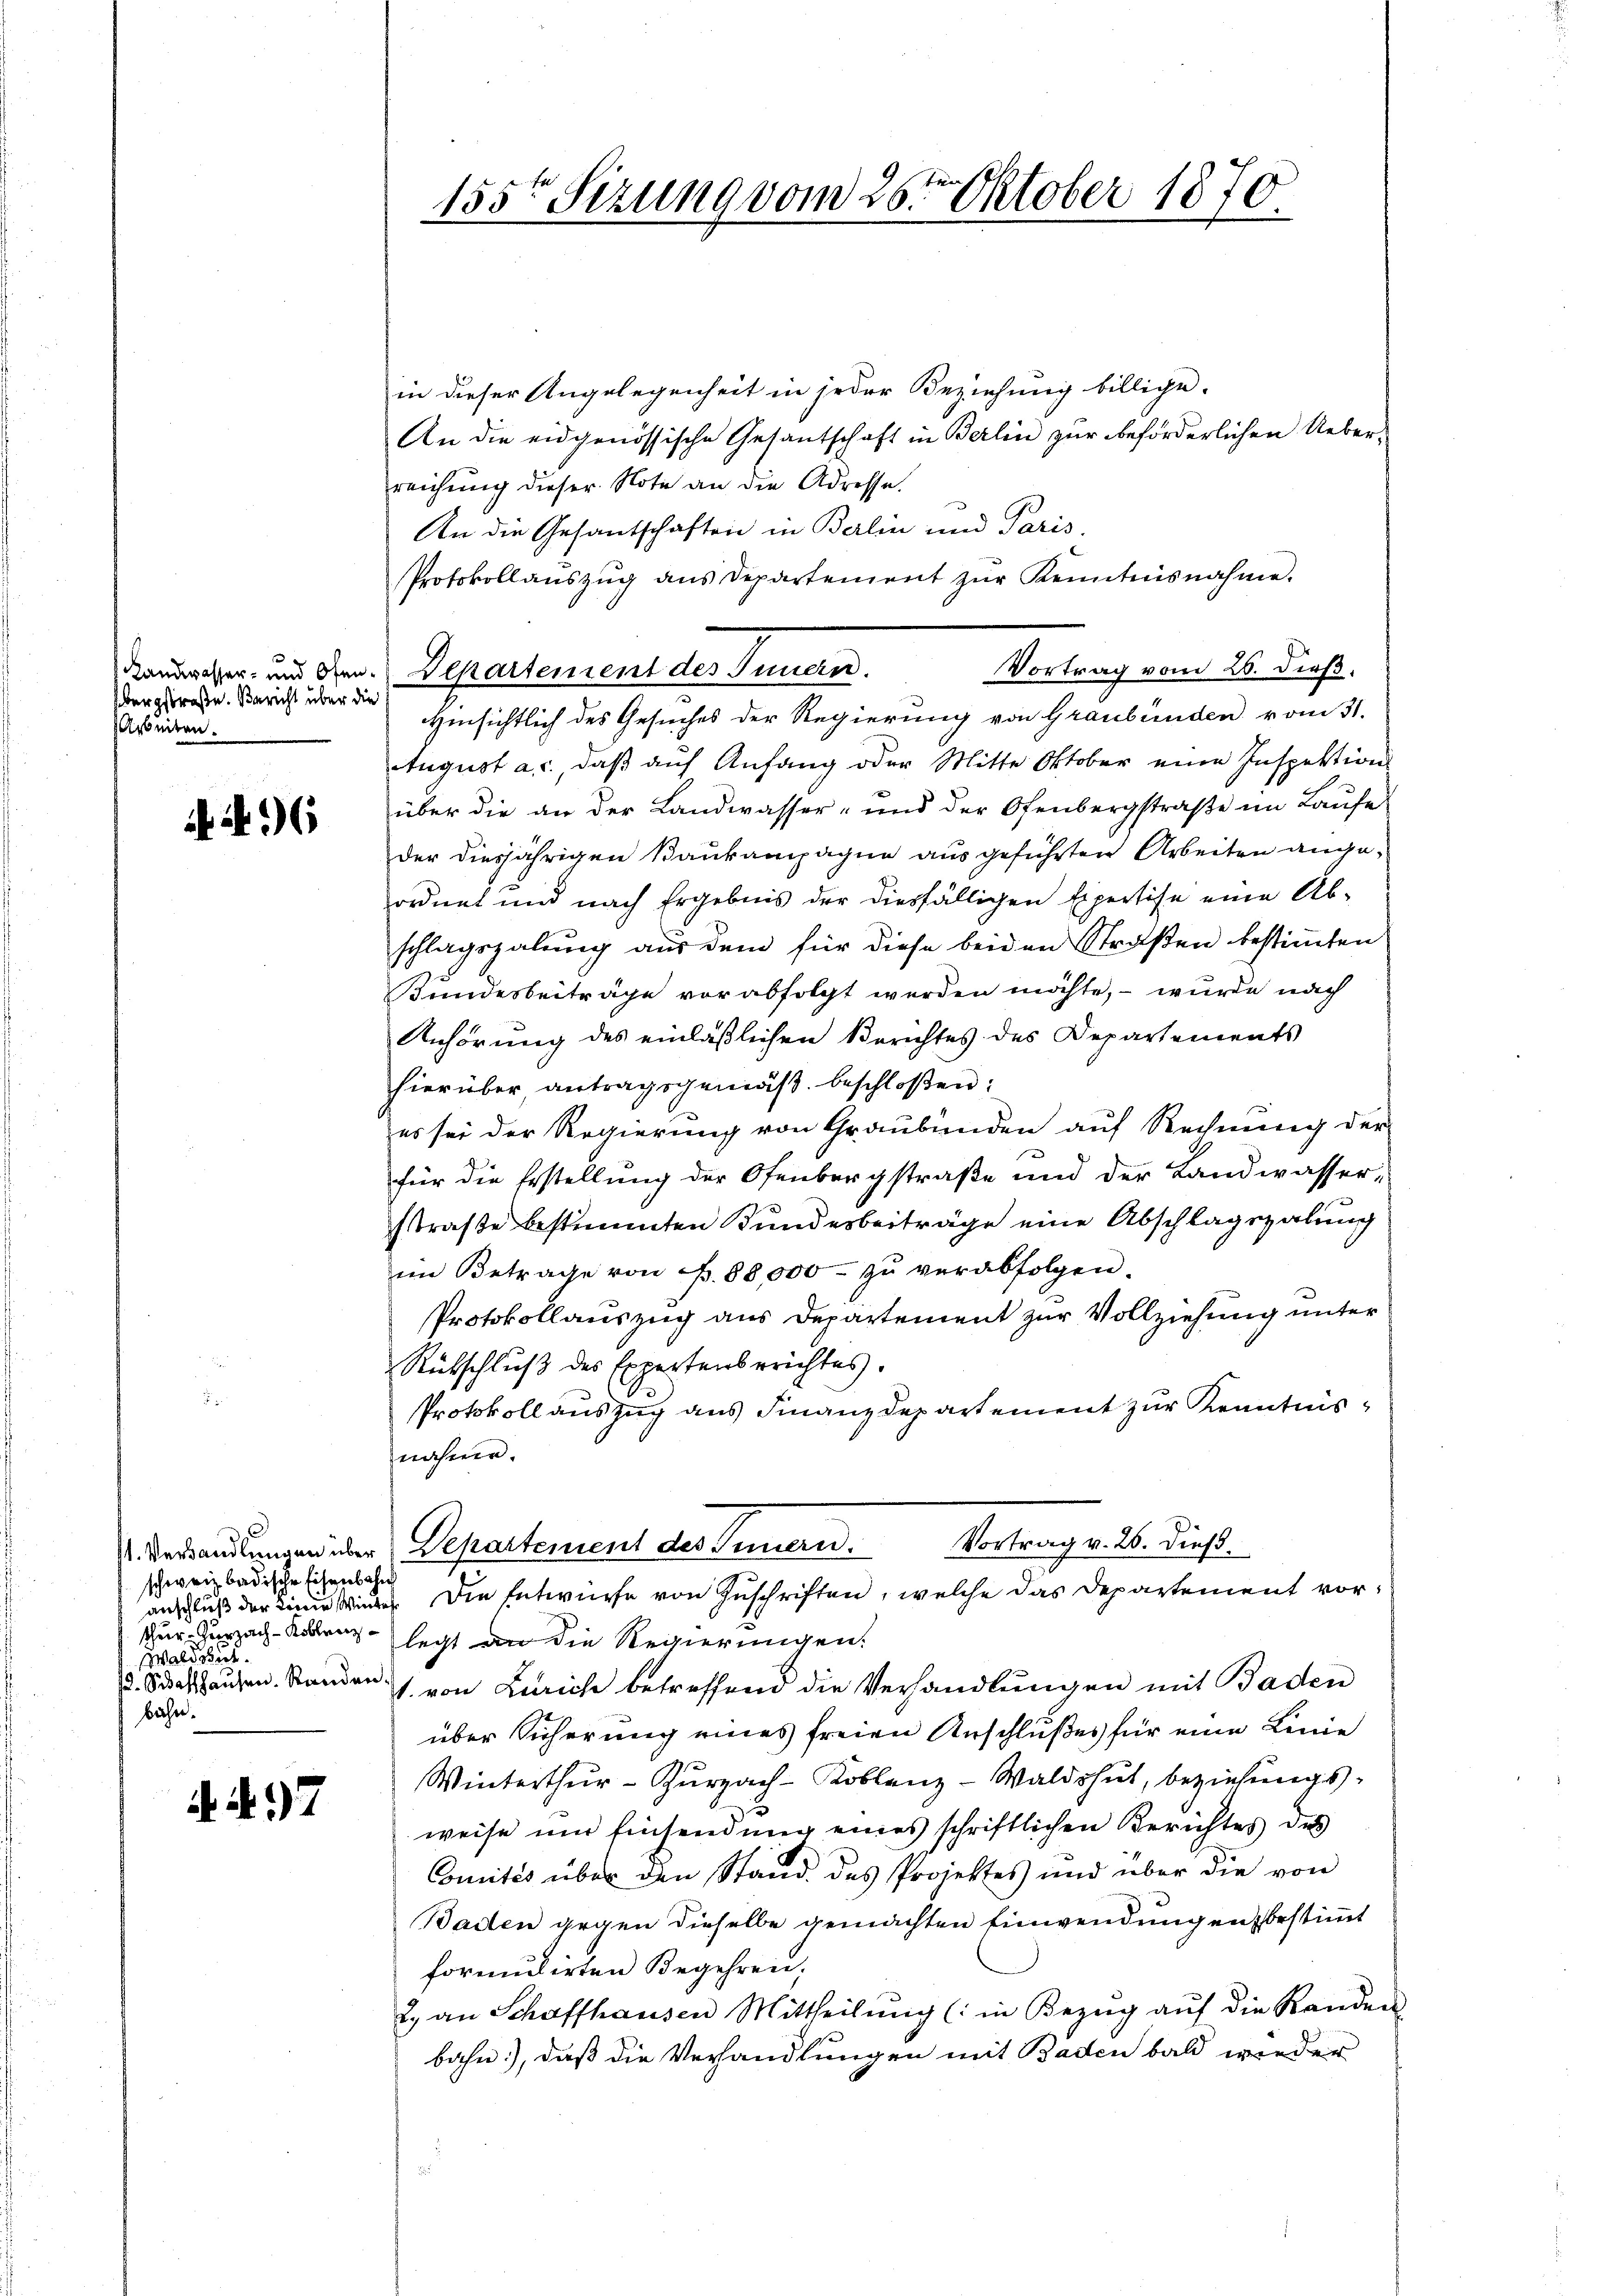
Übergstraße. Bericht über die
Arbeiten.

96

97

155te Sizung vom 25te͇n Oktober 1870.

Kandesser- und Gen. Departement des Innern.
Hinsichtlich des Gesuches der Regierung von Graubünden vom 31.

schweiz badische Eisenbahn
thur Zurzach-Koblenz¬
Wald stet.
. Sidatshausen. Standen.
bahn.

in dieser Angelegenheit in jeder Beziehung billige.
An die eidgenössische Gesantschaft in Berlin zur beförderlichen Ueberreichung dieser Note an die Adresse.
An die Gesantschaften in Berlin und Paris,
Protokollaŭszŭg ans Departement zŭr Kenntnisnahme.
Vortrag vom 26. dieß.
August a. c., daβ aŭf Anfang oder Mitte Oktober eine Inspektion
über die an der Landwasser- und der Ofenbergstraβe im Laufe
der diesjährigen Bankampagne ausgeführten Arbeiten angeordnet und nach Ergebnis der diesfälligen Expertise eine Ab-
schlagszahlung aus dem für diese beiden Straßen bestimmten
Bundesbeiträge vorabfolgt werden möchte, – wurde nach
Anhörung des einläßlichen Berichtes des Departements
hierüber, antragsgemäß beschloßen:
es sei der Regierung von Graubünden auf Rechnung der
für die Erstellung der Ofenbergstraße und der Landwasser,
straße bestimmten Bundesbeiträge eine Abschlagszalung
im Betrage von Fr. 88,000 zŭ verabfolgen.
Protokollauszug aus Departement zur Vollziehung unter
Rütschluß des Expertenberichtes.
Protokoll auszug aus Finanzdepartement zur Kenntnisnähme.
Vortrag v. 26. dieß
. Verhandlungen über Departement des Innern.
anschluß der Linie Wieder Die Entwurfe von Zuschriften, welche das Departement vorlegt an die Regierungen:
1. von Zürich betreffend die Verhandlungen mit Baden
über Sicherung eines freien Anschlußes für eine Linie
Winterthur - Zurzach-Koblenz-Waldshut, beziehungsweise um Einsendung eines schriftlichen Berichtes des
Comités über den Stand des Projektes und über die von
Baden gegen dieselbe gemachten Einwendungen bestimmt
formulirten Begehren.
2. an Schaffhausen Mittheilŭng (: in Bezŭg aŭf die Randen
bahn.), daß die Verhandlungen mit Baden bald wieder